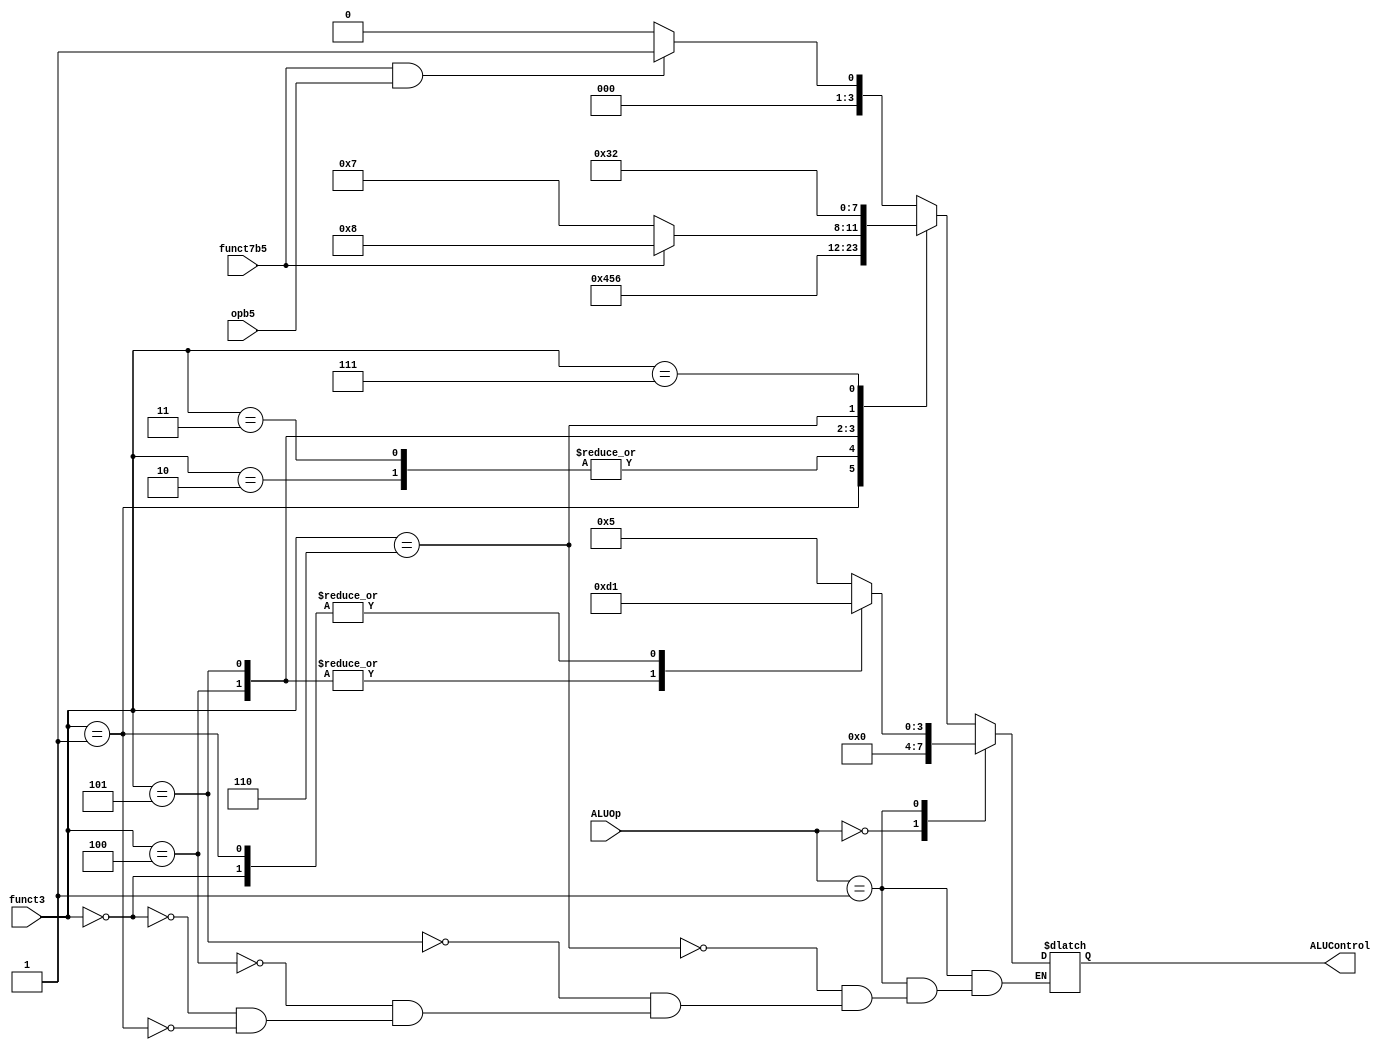
/* 
 * Team Id: eYRC#AB#3265
 * Author List: Md Faizan
 * Filename: alu_decoder 
 * Theme: Astro Tinker Bot 
 * Functions:alu_decoder 
 * Global Variables: None
 */

// alu_decoder.v - logic for ALU decoder

module alu_decoder (
    input            opb5,
    input [2:0]      funct3,
    input            funct7b5,
    input [1:0]      ALUOp,
    output reg [3:0] ALUControl
);

always @(*) begin
    case (ALUOp)
        2'b00: begin
            if(funct3==010 | funct3== 000) begin
                ALUControl = 4'b1001; // sb and sw
					 end
                 ALUControl = 4'b0000;    // addition
					  end
        2'b01: begin 
            case (funct3) 
            3'b110: ALUControl = 4'b0101; 
            3'b101: ALUControl = 4'b1101;
            3'b100: ALUControl = 4'b1101;
             //  B-Type
             3'b000: ALUControl = 4'b0001; 
             3'b001: ALUControl = 4'b0001;
            endcase
        end          // subtraction
			default:
            case (funct3) // R-type or I-type ALU
                3'b000: begin
                    // True for R-type subtract
                    if   (funct7b5 & opb5) ALUControl = 4'b0001; //sub  
                    else ALUControl = 4'b0000; // add, addi
                end
                3'b001:  ALUControl = 4'b0100; //sll, slli
                3'b010:  ALUControl = 4'b0101; // slt, slti
                3'b011:  ALUControl = 4'b0101; // sltu, sltiu (doubtful)
                3'b100:  ALUControl = 4'b0110; // xor, xori
                3'b101: begin
                    if (funct7b5) ALUControl = 4'b1000; // srl, srli (we have exchanged both alucontrol bits)
                    else ALUControl = 4'b0111;          // sra, srai
                end
                3'b110:  ALUControl = 4'b0011; // or, ori
                3'b111:  ALUControl = 4'b0010; // and, andi
                default: ALUControl = 4'bxxxx; // ???

            endcase
    endcase
end

endmodule